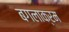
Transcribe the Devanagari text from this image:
बगलाक्रम